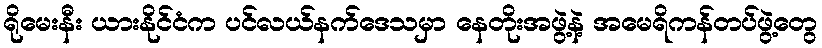
ရိုမေးနီး ယားနိုင်ငံက ပင်လယ်နက်ဒေသမှာ နေတိုးအဖွဲ့နဲ့ အမေရိကန်တပ်ဖွဲ့တွေ